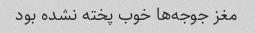
مغز جوجه‌ها خوب پخته نشده بود